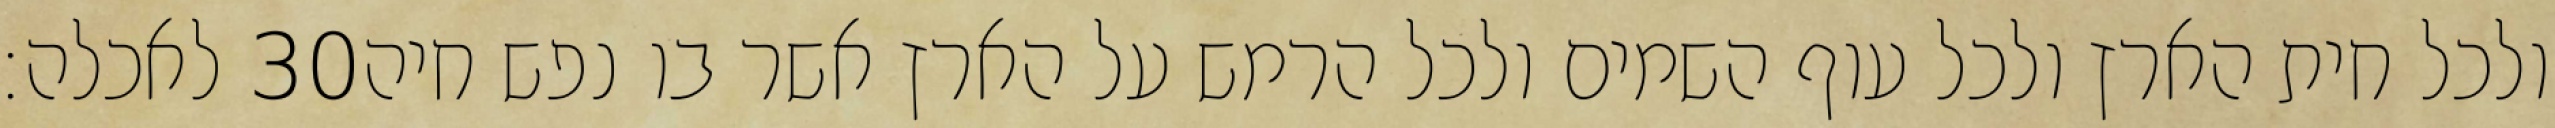
לאכלה׃ ‎30‏ ולכל חית הארץ ולכל עוף השמים ולכל הרמש על הארץ אשר בו נפש חיה